Report on vaccination in Madras 1895-1903 - 1895-1903
Year: 1895
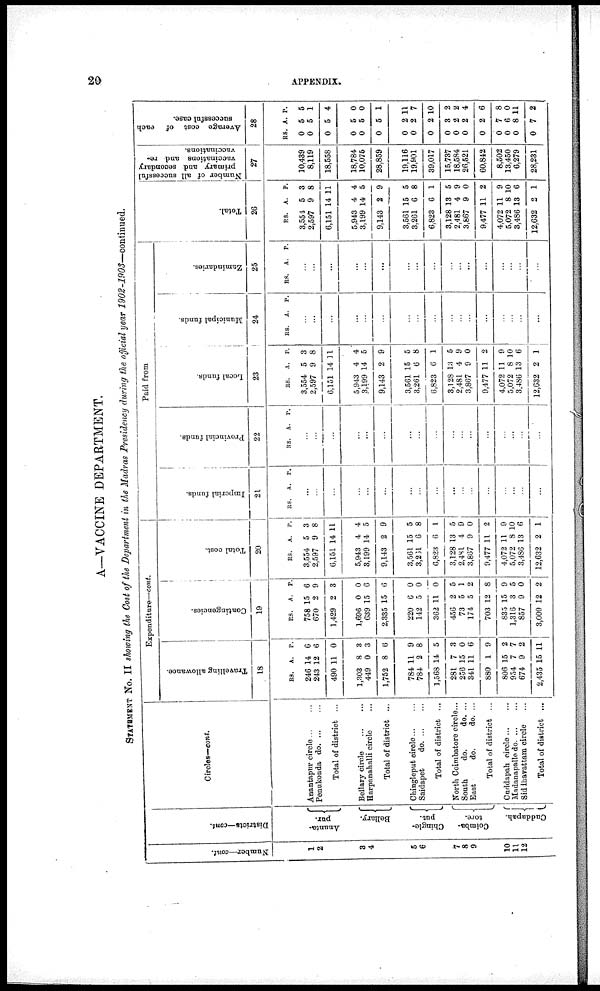
20
APPENDIX.
A—VACCINE DEPARTMENT.
STATEMENT No. II showing the Cost of the Department in the Madras Presidency during the official year 1902-1903—continued.
Number—cont.
1
2
3
4
5
6
7
8
9
10
11
12
Districts—cont.
Ananta-
pur.
Bellary.
Chingle-
put.
Coimba-
tore.
Cuddapah.
Circles—cont.
Anantapuv circle ... ...
Penukonda d
o
. ... ...
Total of district ...
Bellary circle
...
...
Harpanahalli circle ...
Total of district ...
Chingleput circle ... ...
Saidapet
d
o
. ... ...
Total of district ...
North Coimbatore circle...
South.
do.
do. ...
East
do.
do. ...
Total of district ...
Cuddapah circle ... ...
Madanapalle d
o
. ... ...
Siddhavattam circle ...
Total of district ...
Expenditure—cont.
Travelling allowance.
18
RS.
246
243
490
1,303
449
1,752
784
784
1,568
281
256
341
880
806
954
674
2,435
A.
14
12
11
8
0
8
11
2
14
7
15
11
1
15
7
9
15
P.
6
6
0
3
3
6
9
8
5
3
0
6
9
2
7
2
11
Contingencies.
19
RS.
758
670
1,429
1,696
639
2,335
220
142
362
456
73
174
703
835
1,316
857
3,009
A.
15
2
2
0
15
15
6
5
11
2
5
5
12
15
3
9
12
P.
6
9
3
0
6
6
0
0
0
5
1
2
8
9
5
0
2
Total cost.
20
RS.
3,554
2,597
6,151
5,943
3,199
9,143
3,561
3,231
6,823
3,128
2,481
3,867
9,477
4,072
5,072
3,486
12,632
A.
5
9
14
4
14
2
15
6
6
13
4
9
11
11
8
13
2
P.
3
8
11
4
5
9
5
8
1
5
9
0
2
9
10
6
1
Paid from
Imperial funds.
21
RS. A. P.
...
...
...
...
...
...
...
...
...
...
...
...
...
...
...
...
...
Provincial funds.
22
RS. A. P.
...
...
...
...
...
...
...
...
...
...
...
...
...
...
...
...
...
Local funds.
23
RS.
3,554
2,597
6,151
5,943
3,199
9,143
3,561
3,261
6,823
3,128
2,481
3,867
9,477
4,072
5,072
3,486
12,632
A.
5
9
14
4
14
2
15
6
6
13
4
9
11
11
8
13
2
P.
3
8
11
4
5
9
5
8
1
5
9
0
2
9
10
6
1
Municipal funds.
24
RS.
A. P.
...
...
...
...
...
...
...
...
...
...
...
...
...
...
...
...
...
Zamindaries.
25
RS. A. P.
...
...
...
...
...
...
...
...
...
...
...
...
...
...
...
...
...
Total.
26
RS.
3,554
2,597
6,151
5,943
3,199
9,143
3,561
3,261
6,823
3,128
2,481
3,867
9,477
4,072
5,072
3,486
12,632
A.
5
9
14
4
14
2
15
6
6
13
4
9
11
11
8
13
2
P.
3
8
11
4
5
9
5
8
1
5
9
0
2
9
10
6
1
Number of all successful
primary and secondary
vaccinations and re-
vaccinations.
27
10,439
8,119
18,558
18,784
10,075
28,859
19,116
19,901
39,017
15,737
18,584
26,521
60,842
8,502
13,450
6,279
28,231
Average cost of each
successful case.
28
RS.
0
0
0
0
0
0
0
0
0
0
0
0
0
0
0
0
0
A.
5
5
5
5
5
5
2
2
2
3
2
2
2
7
6
8
7
P.
5
1
4
0
0
1
11
7
10
2
2
4
6
8
0
11
2